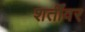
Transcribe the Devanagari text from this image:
शर्तींवर